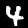
Label: 4